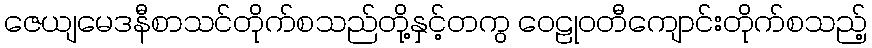
ဇေယျမေဒနီစာသင်တိုက်စသည်တို့နှင့်တကွ ဝေဠုဝတီကျောင်းတိုက်စသည့်